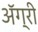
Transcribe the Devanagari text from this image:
ॲग्री